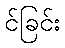
င်ခြင်း